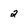
Character: 2